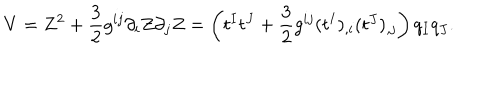
LaTeX: V = Z ^ { 2 } + { \frac { 3 } { 2 } } g ^ { i j } \partial _ { i } Z \partial _ { j } Z = \left( t ^ { I } t ^ { J } + { \frac { 3 } { 2 } } g ^ { i j } ( t ^ { I } ) _ { , i } ( t ^ { J } ) _ { , j } \right) q _ { I } q _ { J } .